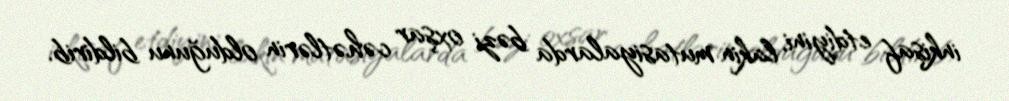
inkişaf etdiyini, lakin mutasiyalarda bəzi oxşar cəhətlərin olduğunu bildirib.